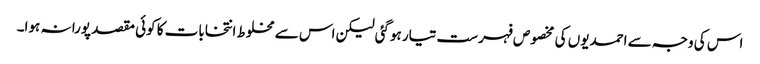
اس کی وجہ سے احمدیوں کی مخصوص فہرست تیار ہوگئی لیکن اس سے مخلوط انتخابات کا کوئی مقصد پورا نہ ہوا۔